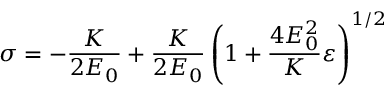
\sigma = - \frac { K } { 2 E _ { 0 } } + \frac { K } { 2 E _ { 0 } } \left( 1 + \frac { 4 E _ { 0 } ^ { 2 } } { K } \varepsilon \right) ^ { 1 / 2 }